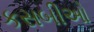
કસબીઓ